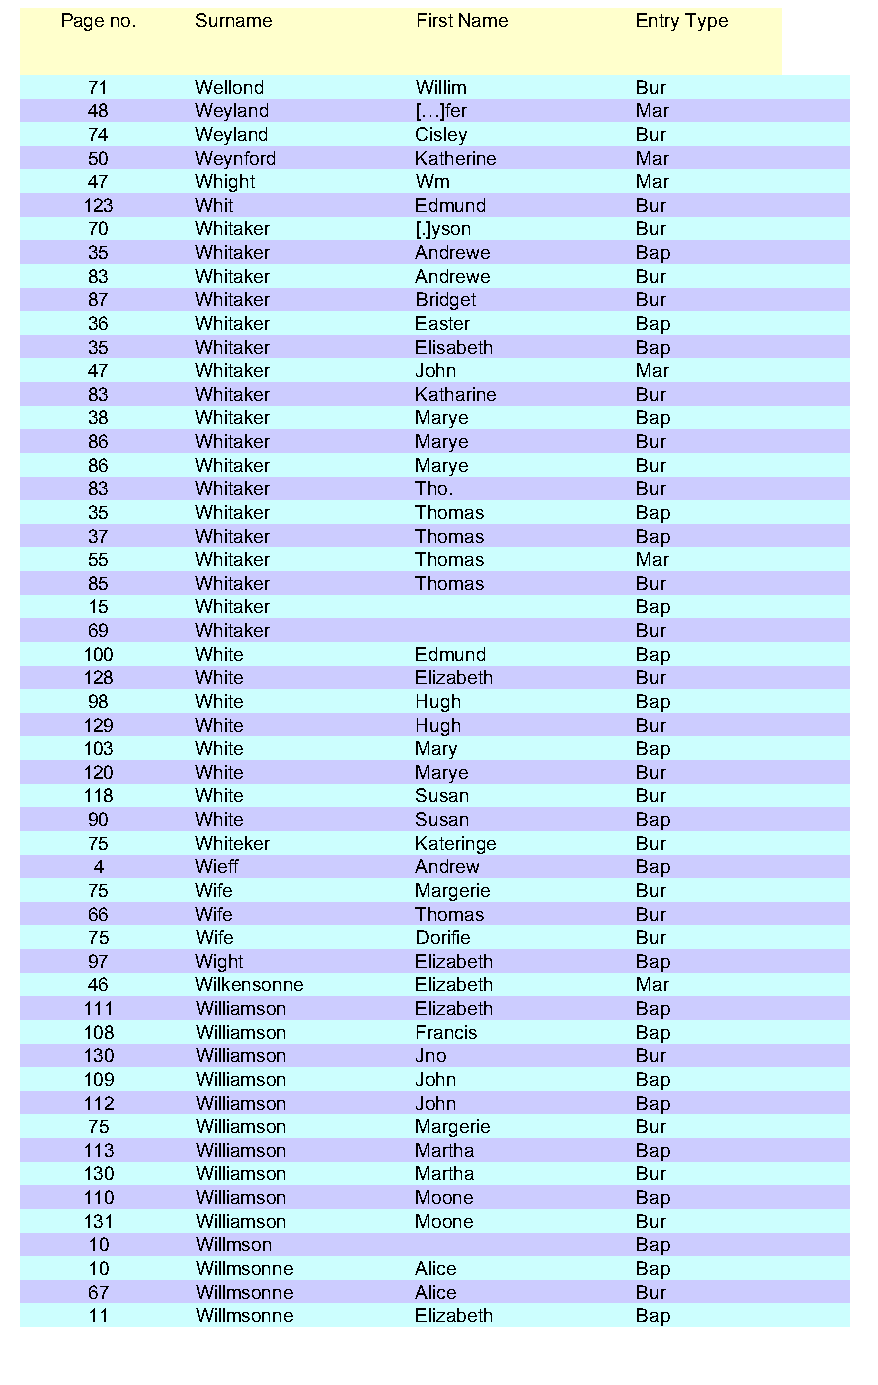
Page no. Surname        First Name    Entry Type
 71     Wellond        Willim        Bur
 48     Weyland        […]fer        Mar
 74     Weyland        Cisley        Bur
 50     Weynford       Katherine     Mar
 47     Whight         Wm            Mar
 123    Whit           Edmund        Bur
 70     Whitaker       [.]yson       Bur
 35     Whitaker       Andrewe       Bap
 83     Whitaker       Andrewe       Bur
 87     Whitaker       Bridget       Bur
 36     Whitaker       Easter        Bap
 35     Whitaker       Elisabeth     Bap
 47     Whitaker       John          Mar
 83     Whitaker       Katharine     Bur
 38     Whitaker       Marye         Bap
 86     Whitaker       Marye         Bur
 86     Whitaker       Marye         Bur
 83     Whitaker       Tho.          Bur
 35     Whitaker       Thomas        Bap
 37     Whitaker       Thomas        Bap
 55     Whitaker       Thomas        Mar
 85     Whitaker       Thomas        Bur
 15     Whitaker                     Bap
 69     Whitaker                     Bur
 100    White          Edmund        Bap
 128    White          Elizabeth     Bur
 98     White          Hugh          Bap
 129    White          Hugh          Bur
 103    White          Mary          Bap
 120    White          Marye         Bur
 118    White          Susan         Bur
 90     White          Susan         Bap
 75     Whiteker       Kateringe     Bur
 4     Wieff          Andrew        Bap
 75     Wife           Margerie      Bur
 66     Wife           Thomas        Bur
 75     Wife           Dorifie       Bur
 97     Wight          Elizabeth     Bap
 46     Wilkensonne    Elizabeth     Mar
 111    Williamson     Elizabeth     Bap
 108    Williamson     Francis       Bap
 130    Williamson     Jno           Bur
 109    Williamson     John          Bap
 112    Williamson     John          Bap
 75     Williamson     Margerie      Bur
 113    Williamson     Martha        Bap
 130    Williamson     Martha        Bur
 110    Williamson     Moone         Bap
 131    Williamson     Moone         Bur
 10     Willmson                     Bap
 10     Willmsonne     Alice         Bap
 67     Willmsonne     Alice         Bur
 11     Willmsonne     Elizabeth     Bap